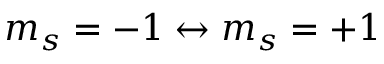
m _ { s } = - 1 \leftrightarrow m _ { s } = + 1